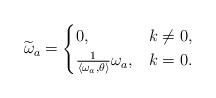
LaTeX: \begin{align*}\widetilde \omega_a = \begin{cases}0,&k\neq 0,\\\frac{1}{\langle \omega_a,\theta\rangle}\omega_a,&k=0.\end{cases}\end{align*}